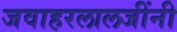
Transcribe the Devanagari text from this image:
जवाहरलालजींनी